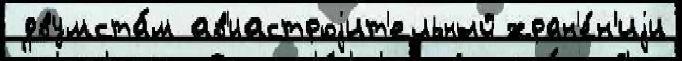
 двумста́м ав'иастроjит'ельный хран'е́н'иjи